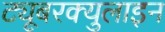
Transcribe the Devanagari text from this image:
ट्यूबरक्युलाइन